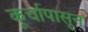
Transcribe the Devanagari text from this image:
कूर्चापासून